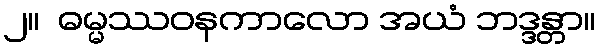
၂။  ဓမ္မဿဝနကာလော အယံ ဘဒ္ဒန္တာ။